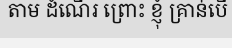
តាម ដំណើរ ព្រោះ ខ្ញុំ គ្រាន់បើ